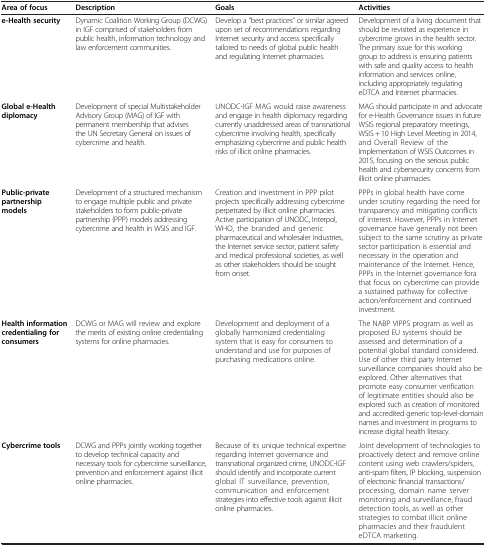
| Area of focus | Description | Goals | Activities |
 | --- | --- | --- | --- |
 | e-Health security | Dynamic Coalition Working Group (DCWG) in IGF comprised of stakeholders from public health, information technology and law enforcement communities. | Develop a “best practices” or similar agreed upon set of recommendations regarding Internet security and access specifically tailored to needs of global public health and regulating Internet pharmacies. | Development of a living document that should be revisited as experience in cybercrime grows in the health sector. The primary issue for this working group to address is ensuring patients with safe and quality access to health information and services online, including appropriately regulating eDTCA and Internet pharmacies. |
 | Global e-Health diplomacy | Development of special Multistakeholder Advisory Group (MAG) of IGF with permanent membership that advises the UN Secretary General on issues of cybercrime and health. | UNODC-IGF MAG would raise awareness and engage in health diplomacy regarding currently unaddressed areas of transnational cybercrime involving health, specifically emphasizing cybercrime and public health risks of illicit online pharmacies. | MAG should participate in and advocate for e-Health Governance issues in future WSIS regional preparatory meetings, WSIS + 10 High Level Meeting in 2014, and Overall Review of the Implementation of WSIS Outcomes in 2015, focusing on the serious public health and cybersecurity concerns from illicit online pharmacies. |
 | Public-private partnership models | Development of a structured mechanism to engage multiple public and private stakeholders to form public-private partnership (PPP) models addressing cybercrime and health in WSIS and IGF. | Creation and investment in PPP pilot projects specifically addressing cybercrime perpetrated by illicit online pharmacies. Active participation of UNODC, Interpol, WHO, the branded and generic pharmaceutical and wholesaler industries, the Internet service sector, patient safety and medical professional societies, as well as other stakeholders should be sought from onset. | PPPs in global health have come under scrutiny regarding the need for transparency and mitigating conflicts of interest. However, PPPs in Internet governance have generally not been subject to the same scrutiny as private sector participation is essential and necessary in the operation and maintenance of the Internet. Hence, PPPs in the Internet governance fora that focus on cybercrime can provide a sustained pathway for collective action/enforcement and continued investment. |
 | Health information credentialing for consumers | DCWG or MAG will review and explore the merits of existing online credentialing systems for online pharmacies. | Development and deployment of a globally harmonized credentialing system that is easy for consumers to understand and use for purposes of purchasing medications online. | The NABP VIPPS program as well as proposed EU systems should be assessed and determination of a potential global standard considered. Use of other third party Internet surveillance companies should also be explored. Other alternatives that promote easy consumer verification of legitimate entities should also be explored such as creation of monitored and accredited generic top-level-domain names and investment in programs to increase digital health literacy. |
 | Cybercrime tools | DCWG and PPPs jointly working together to develop technical capacity and necessary tools for cybercrime surveillance, prevention and enforcement against illicit online pharmacies. | Because of its unique technical expertise regarding Internet governance and transnational organized crime, UNODC-IGF should identify and incorporate current global IT surveillance, prevention, communication and enforcement strategies into effective tools against illicit online pharmacies. | Joint development of technologies to proactively detect and remove online content using web crawlers/spiders, anti-spam filters, IP blocking, suspension of electronic financial transactions/processing, domain name server monitoring and surveillance, fraud detection tools, as well as other strategies to combat illicit online pharmacies and their fraudulent eDTCA marketing. |